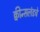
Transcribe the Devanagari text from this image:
क्वीन्सलंडचे